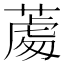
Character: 𦸵